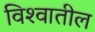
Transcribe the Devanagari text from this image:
विश्‍वातील